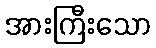
အားကြီးသော